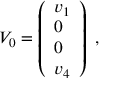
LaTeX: V _ { 0 } = \left( { \begin{array} { l } { { v _ { 1 } } } \\ { { 0 } } \\ { { 0 } } \\ { { v _ { 4 } } } \end{array} } \right) \ ,